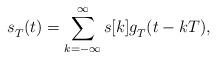
LaTeX: \begin{align*}s_T^{}(t)=\sum_{k=-\infty}^{\infty}s[k]g_T^{}(t-kT),\end{align*}